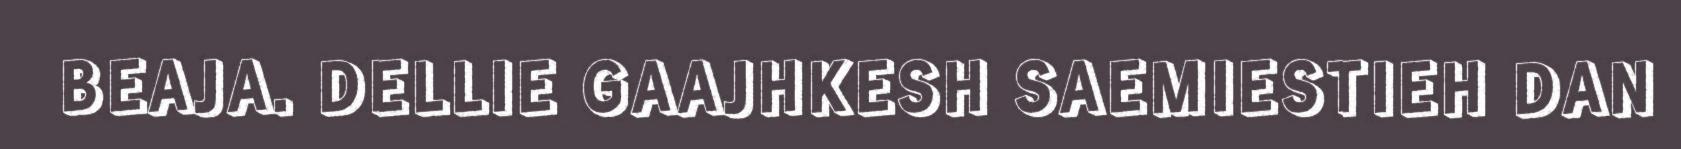
BEAJA. DELLIE GAAJHKESH SAEMIESTIEH DAN